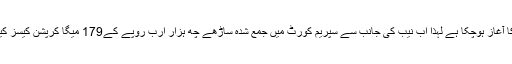
ڈاکٹر فاروق ستار نے کہا کہ پانامہ کیس سے ملک میں کرپشن کے خاتمے کا آغاز ہوچکا ہے لہٰذا اب نیب کی جانب سے سپریم کورٹ میں جمع شدہ ساڑھے چھ ہزار ارب روپے کے179 میگا کرپشن کیسز کیلئے بھی جے آئی ٹیز قائم کی جائیں اور ان کیسز کا بھی جلد فیصلہ کیا جائے۔